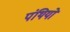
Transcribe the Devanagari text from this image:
पंथियो